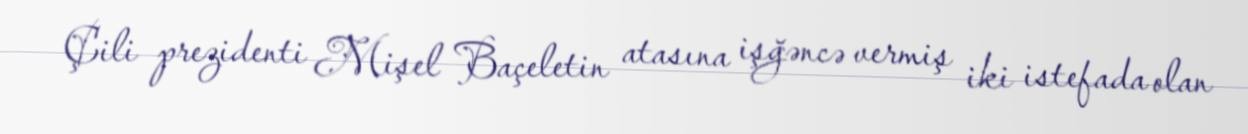
Çili prezidenti Mişel Baçeletin atasına işğəncə vermiş iki istefada olan